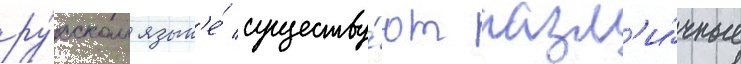
ру́сском язык'е́ существу́ют разл'и́чные